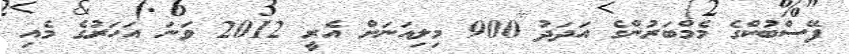
ފޭސްބުކްގެ މެމްބަރުންގެ އަދަދު 900 މިލިއަނަށް އެރީ 2012 ވަނަ އަހަރުގެ މެއި